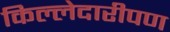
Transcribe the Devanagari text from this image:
किल्लेदारीपण